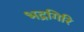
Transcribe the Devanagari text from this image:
भद्रगिरि